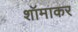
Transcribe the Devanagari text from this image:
शॉमाकर